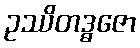
ဥဿိတဒ္ဓဇော